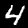
Label: 4